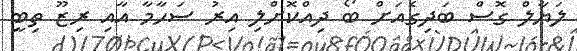
ލަޔާލް ގޮސް ބަދިގެއަށް ބޯ ދިއްކޮށްލި އިރު ސަހާމާ އާއި ރިޒޫ ތިބީ